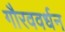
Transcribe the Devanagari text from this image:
गौरववर्धन